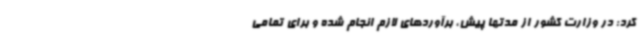
کرد: در وزارت کشور از مدتها پیش، برآوردهای لازم انجام شده و برای تمامی